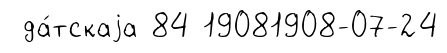
да́тскаjа 84 19081908-07-24